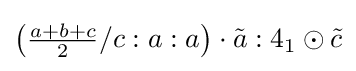
\left({\tfrac {a+b+c}{2}}/c:a:a\right)\cdot {\tilde {a}}:4_{1}\odot {\tilde {c}}